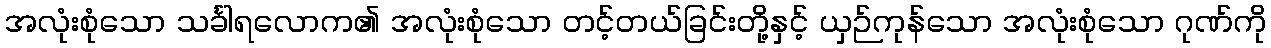
အလုံးစုံသော သင်္ခါရလောက၏ အလုံးစုံသော တင့်တယ်ခြင်းတို့နှင့် ယှဉ်ကုန်သော အလုံးစုံသော ဂုဏ်ကို